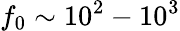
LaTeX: f_{0}\sim 10^{2}-10^{3}